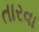
તારવા